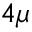
4 \mu